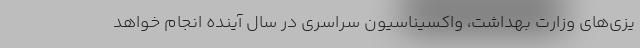
یزی‌های وزارت بهداشت، واکسیناسیون سراسری در سال آینده انجام خواهد